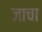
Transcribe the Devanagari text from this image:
जाचा